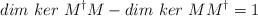
LaTeX: \begin{align*}dim\ ker\ M^{\dagger}M - dim\ ker\ MM^{\dagger} = 1\end{align*}